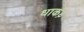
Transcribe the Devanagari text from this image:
धाकड़